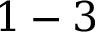
1 - 3